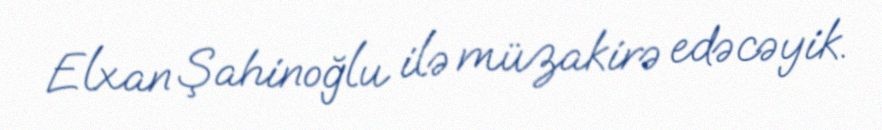
Elxan Şahinoğlu ilə müzakirə edəcəyik.